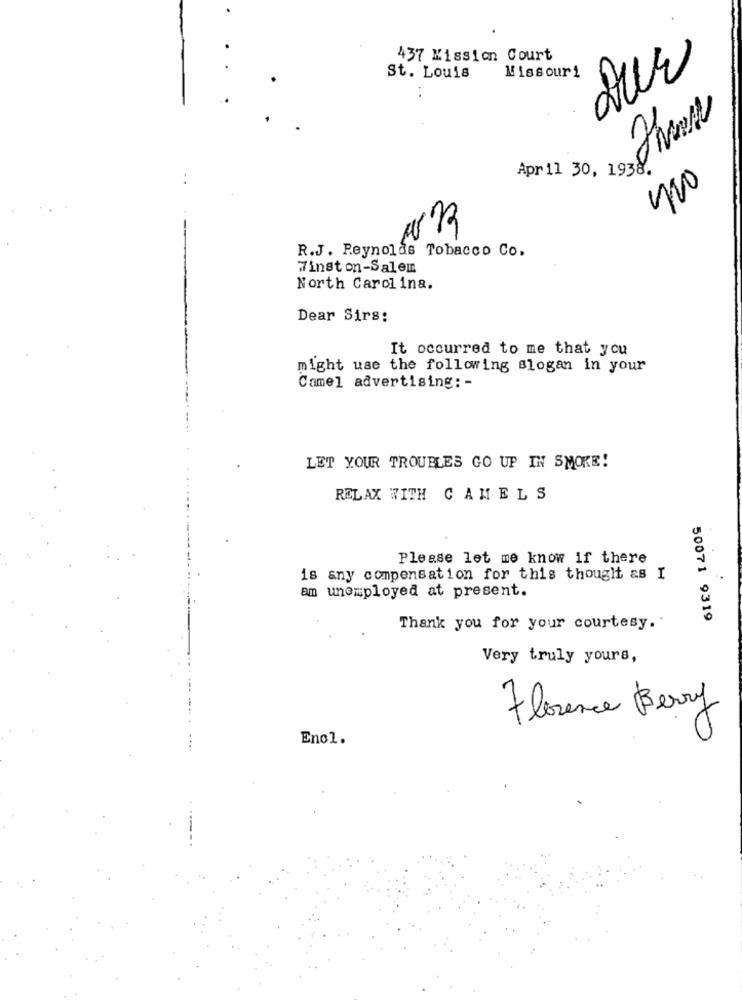
437 Mission Court
Missouri
St. Louis
April 30, 1 932 hours
no
2
R.J. Reynolds Tobacco Co.
Winston-Salem
North Carolina.
Dear Sirs:
It occurred to me that you
might use the following slogan in your
Camel advertising: -
LET YOUR TROUBLES GO UP IN SMOKE!
RELAX WITH C AM ELS
Please let me know if there
is any compensation for this thought as I
am unemployed at present.
50071 9319
Thank you for your courtesy.'
Very truly yours,
Florence Berry
Enol.